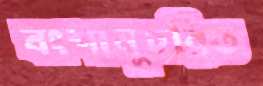
বংশানুচরিত